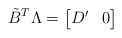
\begin{align*} \tilde{B}^T\Lambda =\left[\begin{matrix}D'&0\end{matrix}\right]\end{align*}